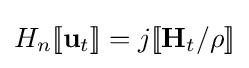
H_{n}[\![\mathbf {u} _{t}]\!]=j[\![\mathbf {H} _{t}/\rho ]\!]